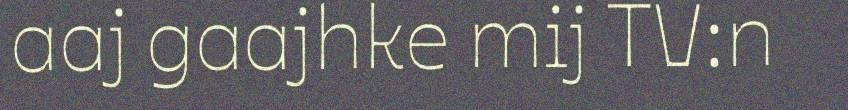
aaj gaajhke mij TV:n